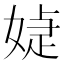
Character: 媫